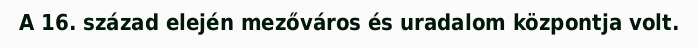
A 16. század elején mezőváros és uradalom központja volt.